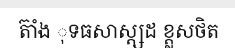
ត៊ាំង ុទធសាស្ត្សដ ខ្ត្លសថិត